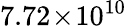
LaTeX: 7.72\! \times\! 10^{10}